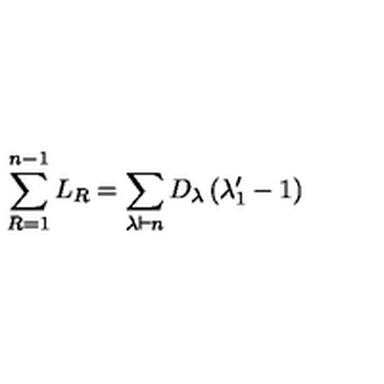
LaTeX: \sum _ { R = 1 } ^ { n - 1 } L _ { R } = \sum _ { \lambda \vdash n } D _ { \lambda } \left( \lambda _ { 1 } ^ { \prime } - 1 \right)